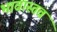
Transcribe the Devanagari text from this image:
भावास्तव